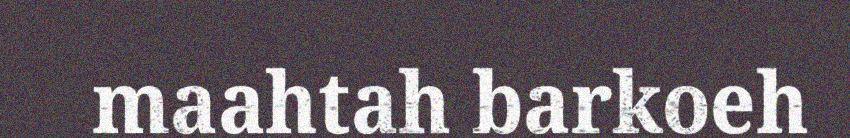
maahtah barkoeh